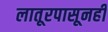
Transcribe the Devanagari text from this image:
लातूरपासूनही